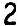
2